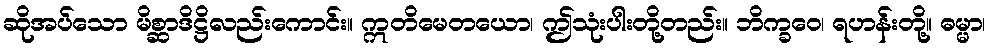
ဆိုအပ်သော မိစ္ဆာဒိဋ္ဌိလည်းကောင်း။ ဣတိမေတယော၊ ဤသုံးပါးတို့တည်း။ ဘိက္ခဝေ၊ ရဟန်းတို့။ ဓမ္မာ၊